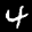
Label: 4